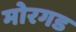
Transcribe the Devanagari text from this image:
मोरगड